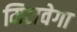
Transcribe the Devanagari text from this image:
मिटावेगा